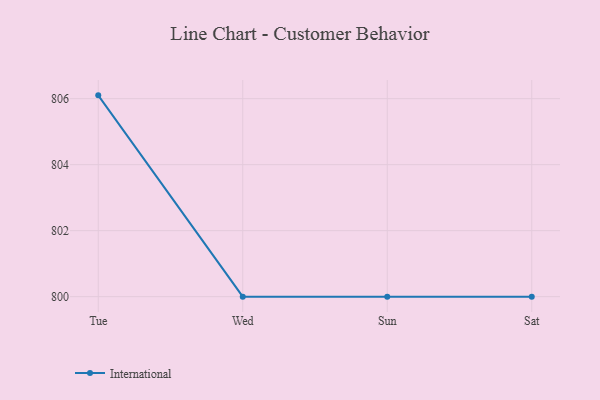
{"axis": {"x": "Day", "y": "Page Views"}, "legend": ["International"], "data": [{"x": "Tue", "y": 806.1, "type": "International"}, {"x": "Wed", "y": 800, "type": "International"}, {"x": "Sun", "y": 800, "type": "International"}, {"x": "Sat", "y": 800, "type": "International"}]}